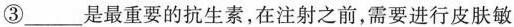
③___是最重要的抗生素，在注射之前，需要进行皮肤敏